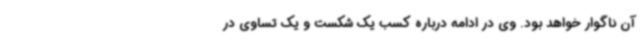
آن ناگوار خواهد بود. وی در ادامه درباره کسب یک شکست و یک تساوی در